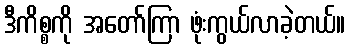
ဒီကိစ္စကို အတော်ကြာ ဖုံးကွယ်လာခဲ့တယ်။